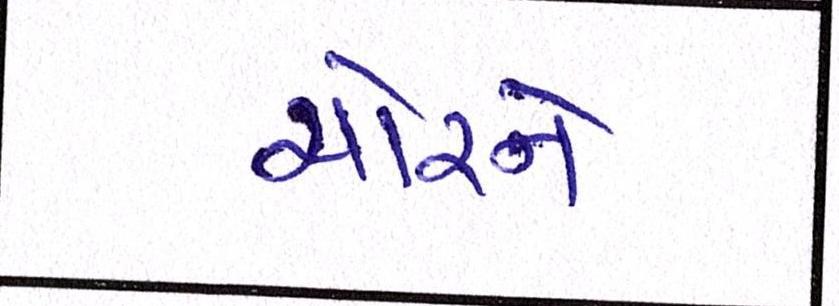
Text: ચોરને